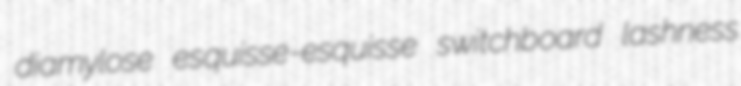
diamylose esquisse-esquisse switchboard lashness